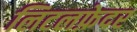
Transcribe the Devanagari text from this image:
लिटलफ़ेदर